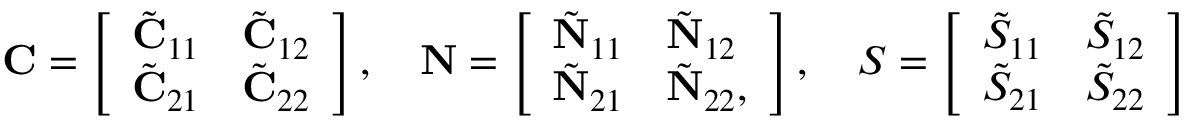
\begin{array} { r } { \mathbf { C } = \left[ \begin{array} { l l } { \tilde { \mathbf { C } } _ { 1 1 } } & { \tilde { \mathbf { C } } _ { 1 2 } } \\ { \tilde { \mathbf { C } } _ { 2 1 } } & { \tilde { \mathbf { C } } _ { 2 2 } } \end{array} \right] , \quad \mathbf { N } = \left[ \begin{array} { l l } { \tilde { \mathbf { N } } _ { 1 1 } } & { \tilde { \mathbf { N } } _ { 1 2 } } \\ { \tilde { \mathbf { N } } _ { 2 1 } } & { \tilde { \mathbf { N } } _ { 2 2 } , } \end{array} \right] , \quad S = \left[ \begin{array} { l l } { \tilde { S } _ { 1 1 } } & { \tilde { S } _ { 1 2 } } \\ { \tilde { S } _ { 2 1 } } & { \tilde { S } _ { 2 2 } } \end{array} \right] } \end{array}